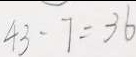
4 3 - 7 = 3 6